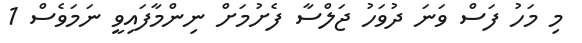
މި މަހު ފަސް ވަނަ ދުވަހު ޖަލްސާ ފެށުމަށް ނިންމާފައިވީ ނަމަވެސް 1